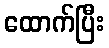
ထောက်ပြီး